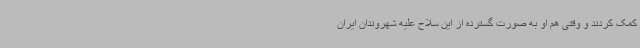
کمک کردند و وقتی هم او به صورت گسترده از این سلاح علیه شهروندان ایران